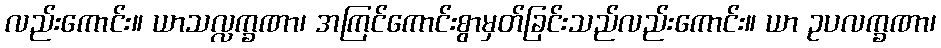
လည်းကောင်း။ ယာသလ္လက္ခဏာ၊ အကြင်ကောင်းစွာမှတ်ခြင်းသည်လည်းကောင်း။ ယာ ဥပလက္ခဏာ၊